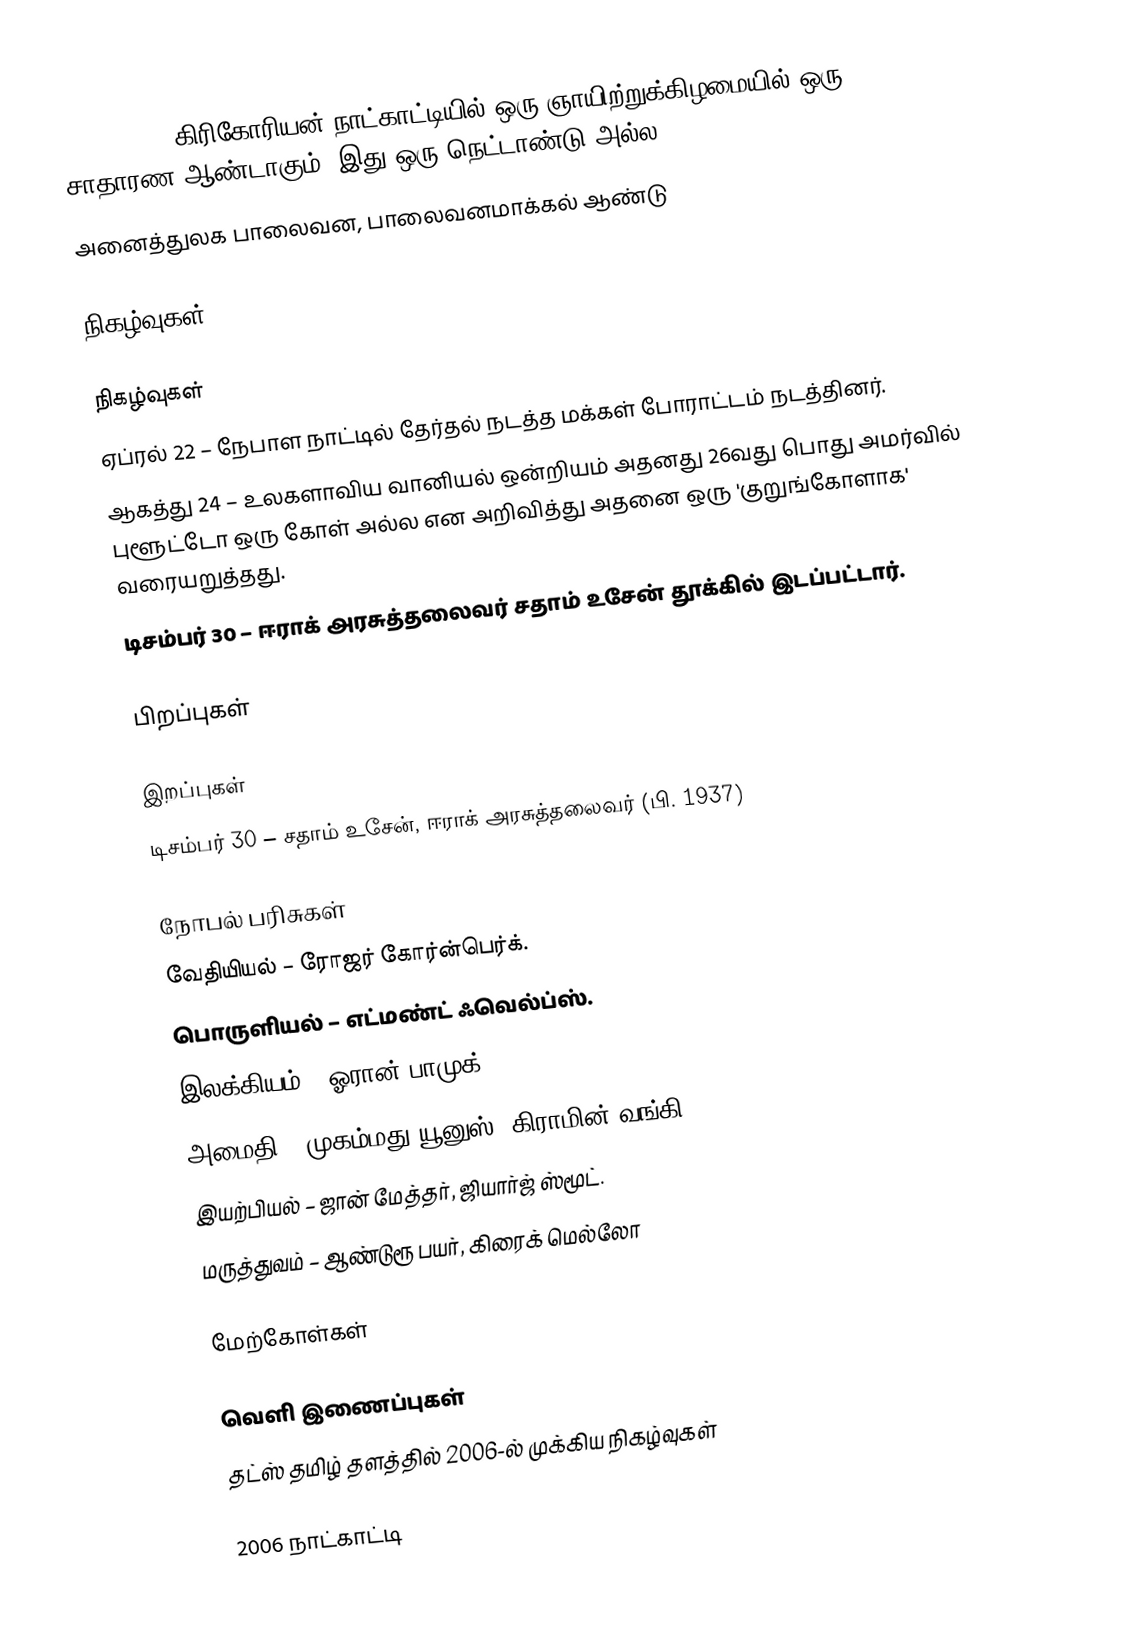
2006 (MMVI) கிரிகோரியன் நாட்காட்டியில் ஒரு ஞாயிற்றுக்கிழமையில் ஒரு சாதாரண ஆண்டாகும். இது ஒரு நெட்டாண்டு அல்ல.
 அனைத்துலக பாலைவன, பாலைவனமாக்கல் ஆண்டு

நிகழ்வுகள்

நிகழ்வுகள்
 ஏப்ரல் 22 – நேபாள நாட்டில் தேர்தல் நடத்த மக்கள் போராட்டம் நடத்தினர்.
 ஆகத்து 24 – உலகளாவிய வானியல் ஒன்றியம் அதனது 26வது பொது அமர்வில் புளூட்டோ ஒரு கோள் அல்ல என அறிவித்து அதனை ஒரு 'குறுங்கோளாக' வரையறுத்தது.
 டிசம்பர் 30 – ஈராக் அரசுத்தலைவர் சதாம் உசேன் தூக்கில் இடப்பட்டார்.

பிறப்புகள்

இறப்புகள்
 டிசம்பர் 30 – சதாம் உசேன், ஈராக் அரசுத்தலைவர் (பி. 1937)

நோபல் பரிசுகள்
 வேதியியல் – ரோஜர் கோர்ன்பெர்க்.
 பொருளியல் – எட்மண்ட் ஃவெல்ப்ஸ்.
 இலக்கியம் – ஓரான் பாமுக்.
 அமைதி – முகம்மது யூனுஸ், கிராமின் வங்கி.
 இயற்பியல் – ஜான் மேத்தர், ஜியார்ஜ் ஸ்மூட்.
 மருத்துவம் – ஆண்டுரூ பயர், கிரைக் மெல்லோ

மேற்கோள்கள்

வெளி இணைப்புகள்
 தட்ஸ் தமிழ் தளத்தில் 2006-ல் முக்கிய நிகழ்வுகள்

2006 நாட்காட்டி